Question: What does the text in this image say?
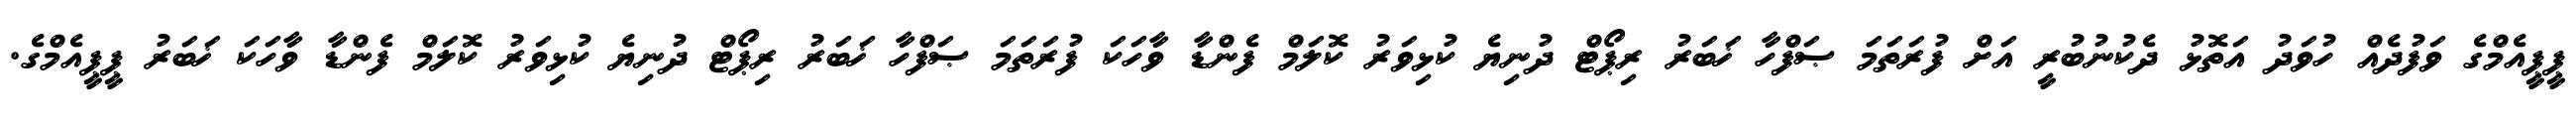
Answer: ޕީޕީއެމްގެ ވަފުދެއް ހުވަދު އަތޮޅު ދެކުނުބުރީ އަށް ފުރަތަމަ ޞަފްހާ ޚަބަރު ރިޕޯޓް ދުނިޔެ ކުޅިވަރު ކޮލަމް ފެންޑާ ވާހަކަ ފުރަތަމަ ޞަފްހާ ޚަބަރު ރިޕޯޓް ދުނިޔެ ކުޅިވަރު ކޮލަމް ފެންޑާ ވާހަކަ ޚަބަރު ޕީޕީއެމްގެ.